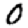
Digit: 0